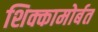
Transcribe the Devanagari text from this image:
शिक्कामोर्बत